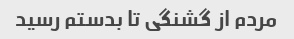
مردم از گشنگی تا بدستم رسید